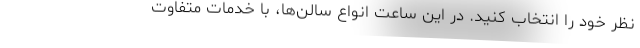
نظر خود را انتخاب کنید. در این ساعت انواع سالن‌ها، با خدمات متفاوت